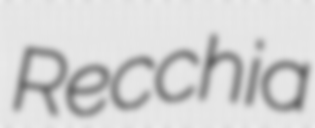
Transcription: Recchia